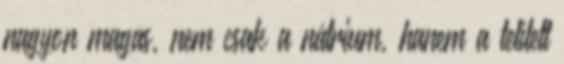
nagyon magas, nem csak a nátrium, hanem a telített